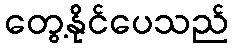
တွေ့နိုင်ပေသည်